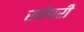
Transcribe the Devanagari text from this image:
खोपरी